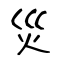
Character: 災